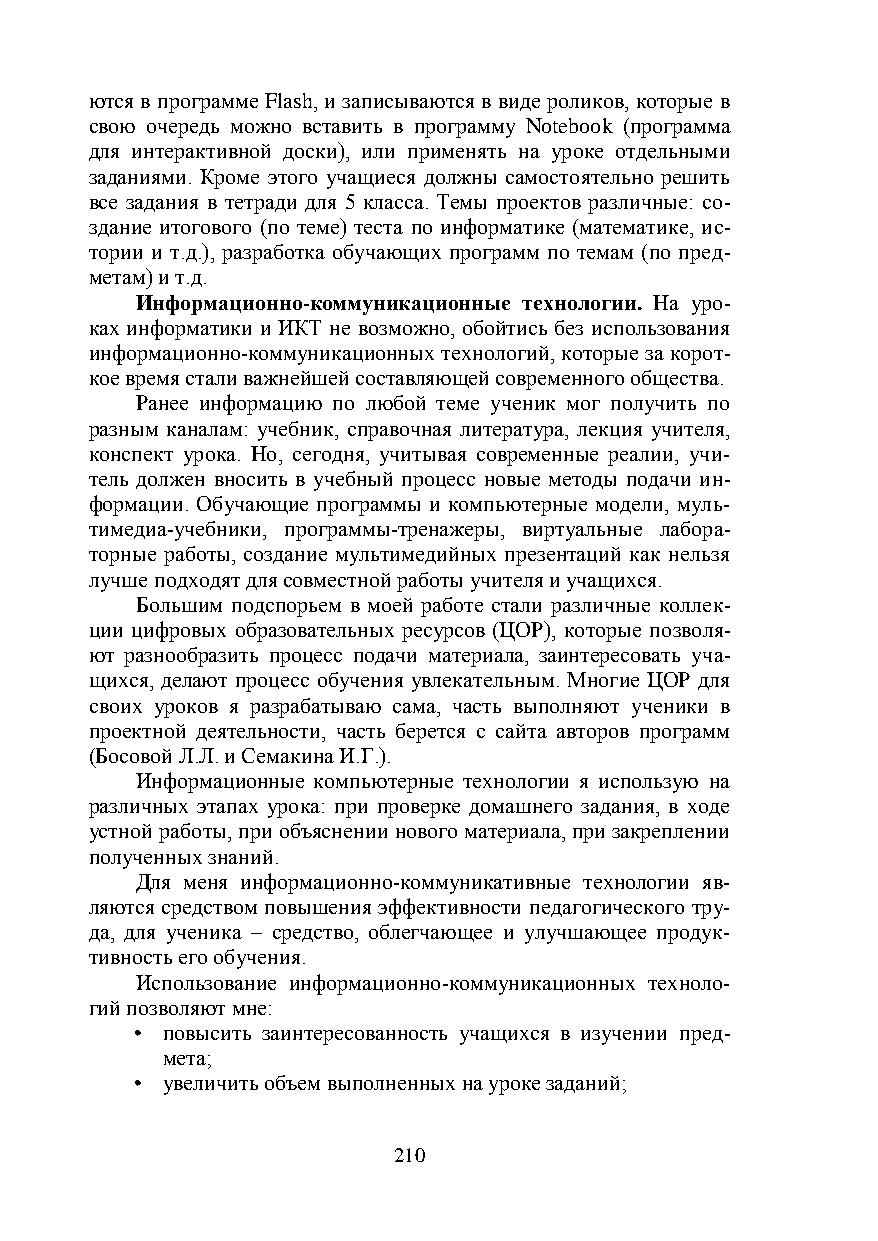
ются в программе Flash, и записываются в виде роликов, которые в
 свою очередь можно вставить в программу Notebook (программа
 для интерактивной доски), или применять на уроке отдельными
 заданиями. Кроме этого учащиеся должны самостоятельно решить
 все задания в тетради для 5 класса. Темы проектов различные: со-
 здание итогового (по теме) теста по информатике (математике, ис-
 тории и т.д.), разработка обучающих программ по темам (по пред-
 метам) и т.д.
 Информационно-коммуникационные технологии. На уро-
 ках информатики и ИКТ не возможно, обойтись без использования
 информационно-коммуникационных технологий, которые за корот-
 кое время стали важнейшей составляющей современного общества.
 Ранее информацию по любой теме ученик мог получить по
 разным каналам: учебник, справочная литература, лекция учителя,
 конспект урока. Но, сегодня, учитывая современные реалии, учи-
 тель должен вносить в учебный процесс новые методы подачи ин-
 формации. Обучающие программы и компьютерные модели, муль-
 тимедиа-учебники, программы-тренажеры, виртуальные лабора-
 торные работы, создание мультимедийных презентаций как нельзя
 лучше подходят для совместной работы учителя и учащихся.
 Большим подспорьем в моей работе стали различные коллек-
 ции цифровых образовательных ресурсов (ЦОР), которые позволя-
 ют разнообразить процесс подачи материала, заинтересовать уча-
 щихся, делают процесс обучения увлекательным. Многие ЦОР для
 своих уроков я разрабатываю сама, часть выполняют ученики в
 проектной деятельности, часть берется с сайта авторов программ
 (Босовой Л.Л. и Семакина И.Г.).
 Информационные компьютерные технологии я использую на
 различных этапах урока: при проверке домашнего задания, в ходе
 устной работы, при объяснении нового материала, при закреплении
 полученных знаний.
 Для меня информационно-коммуникативные технологии яв-
 ляются средством повышения эффективности педагогического тру-
 да, для ученика – средство, облегчающее и улучшающее продук-
 тивность его обучения.
 Использование информационно-коммуникационных техноло-
 гий позволяют мне:
 • повысить заинтересованность учащихся в изучении пред-
 мета;
 • увеличить объем выполненных на уроке заданий;
 210